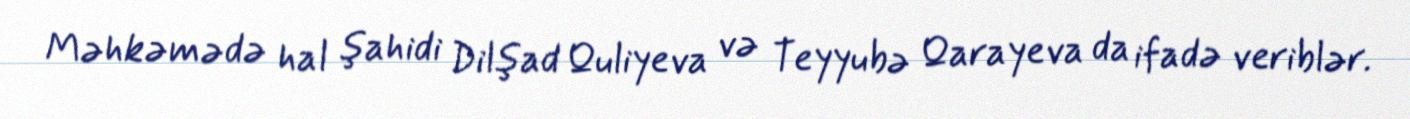
Məhkəmədə hal şahidi Dilşad Quliyeva və Teyyubə Qarayeva da ifadə veriblər.